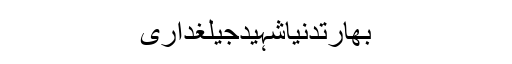
بھارتدنیاشہیدجیلغداری